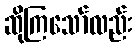
ဆိုကြသော်လည်း